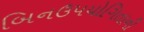
બિનઉપયોગિતાની